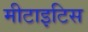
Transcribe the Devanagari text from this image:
मीटाइटिस